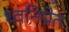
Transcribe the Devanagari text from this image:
ध्वनिप्रेत